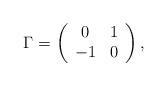
LaTeX: \begin{align*}\Gamma = \left(\begin{array}{cc} 0 & 1 \\ -1 & 0 \end{array}\right),\end{align*}